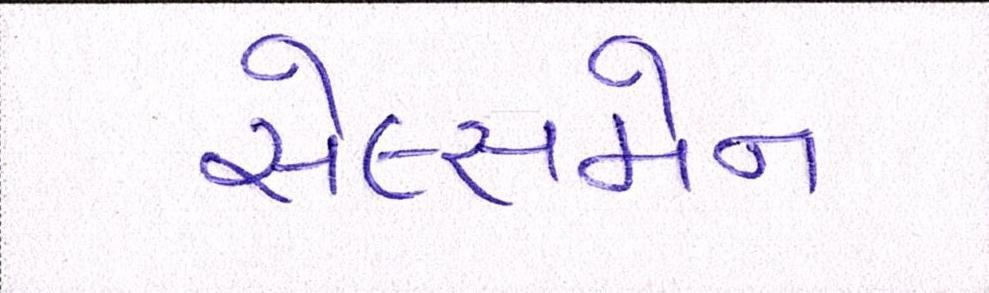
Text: સેલ્સમેન